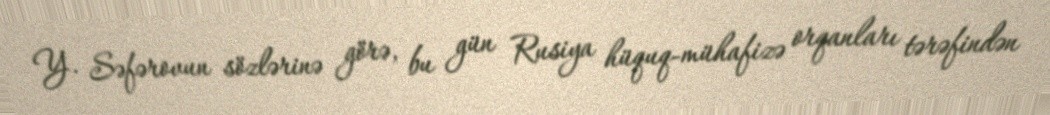
Y. Səfərovun sözlərinə görə, bu gün Rusiya hüquq-mühafizə orqanları tərəfindən